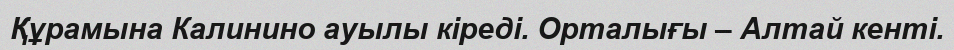
Құрамына Калинино ауылы кіреді. Орталығы – Алтай кенті.